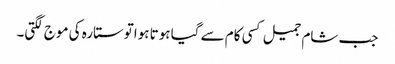
جب شام جمیل کسی کام سے گیا ہوتا ہواتوستارہ کی موج لگتی۔